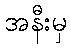
အနီးမှ